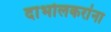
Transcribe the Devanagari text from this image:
दाभोलकरांना